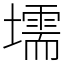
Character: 壖